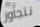
نتجاوز